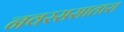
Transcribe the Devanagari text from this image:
नवरससातारा